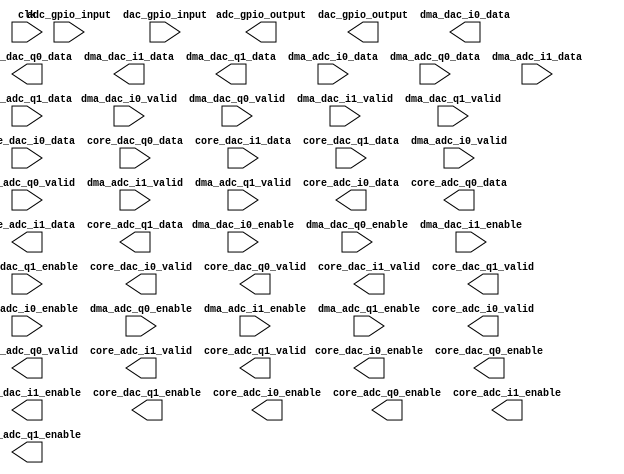
// ***************************************************************************
// ***************************************************************************
// Copyright 2011(c) Analog Devices, Inc.
//
// All rights reserved.
//
// Redistribution and use in source and binary forms, with or without modification,
// are permitted provided that the following conditions are met:
//     - Redistributions of source code must retain the above copyright
//       notice, this list of conditions and the following disclaimer.
//     - Redistributions in binary form must reproduce the above copyright
//       notice, this list of conditions and the following disclaimer in
//       the documentation and/or other materials provided with the
//       distribution.
//     - Neither the name of Analog Devices, Inc. nor the names of its
//       contributors may be used to endorse or promote products derived
//       from this software without specific prior written permission.
//     - The use of this software may or may not infringe the patent rights
//       of one or more patent holders.  This license does not release you
//       from the requirement that you obtain separate licenses from these
//       patent holders to use this software.
//     - Use of the software either in source or binary form, must be run
//       on or directly connected to an Analog Devices Inc. component.
//
// THIS SOFTWARE IS PROVIDED BY ANALOG DEVICES "AS IS" AND ANY EXPRESS OR IMPLIED WARRANTIES,
// INCLUDING, BUT NOT LIMITED TO, NON-INFRINGEMENT, MERCHANTABILITY AND FITNESS FOR A
// PARTICULAR PURPOSE ARE DISCLAIMED.
//
// IN NO EVENT SHALL ANALOG DEVICES BE LIABLE FOR ANY DIRECT, INDIRECT, INCIDENTAL, SPECIAL,
// EXEMPLARY, OR CONSEQUENTIAL DAMAGES (INCLUDING, BUT NOT LIMITED TO, INTELLECTUAL PROPERTY
// RIGHTS, PROCUREMENT OF SUBSTITUTE GOODS OR SERVICES; LOSS OF USE, DATA, OR PROFITS; OR
// BUSINESS INTERRUPTION) HOWEVER CAUSED AND ON ANY THEORY OF LIABILITY, WHETHER IN CONTRACT,
// STRICT LIABILITY, OR TORT (INCLUDING NEGLIGENCE OR OTHERWISE) ARISING IN ANY WAY OUT OF
// THE USE OF THIS SOFTWARE, EVEN IF ADVISED OF THE POSSIBILITY OF SUCH DAMAGE.
// ***************************************************************************
// ***************************************************************************
// black box definition for pr module

`timescale 1ns/100ps

(* black_box *)

module prcfg (

  input               clk,
  input   [31:0]      adc_gpio_input,
  output  [31:0]      adc_gpio_output,
  input   [31:0]      dac_gpio_input,
  output  [31:0]      dac_gpio_output,
  input               dma_dac_i0_enable,
  output  [15:0]      dma_dac_i0_data,
  input               dma_dac_i0_valid,
  input               dma_dac_q0_enable,
  output  [15:0]      dma_dac_q0_data,
  input               dma_dac_q0_valid,
  input               dma_dac_i1_enable,
  output  [15:0]      dma_dac_i1_data,
  input               dma_dac_i1_valid,
  input               dma_dac_q1_enable,
  output  [15:0]      dma_dac_q1_data,
  input               dma_dac_q1_valid,
  output              core_dac_i0_enable,
  input   [15:0]      core_dac_i0_data,
  output              core_dac_i0_valid,
  output              core_dac_q0_enable,
  input   [15:0]      core_dac_q0_data,
  output              core_dac_q0_valid,
  output              core_dac_i1_enable,
  input   [15:0]      core_dac_i1_data,
  output              core_dac_i1_valid,
  output              core_dac_q1_enable,
  input   [15:0]      core_dac_q1_data,
  output              core_dac_q1_valid,
  input               dma_adc_i0_enable,
  input   [15:0]      dma_adc_i0_data,
  input               dma_adc_i0_valid,
  input               dma_adc_q0_enable,
  input   [15:0]      dma_adc_q0_data,
  input               dma_adc_q0_valid,
  input               dma_adc_i1_enable,
  input   [15:0]      dma_adc_i1_data,
  input               dma_adc_i1_valid,
  input               dma_adc_q1_enable,
  input   [15:0]      dma_adc_q1_data,
  input               dma_adc_q1_valid,
  output              core_adc_i0_enable,
  output  [15:0]      core_adc_i0_data,
  output              core_adc_i0_valid,
  output              core_adc_q0_enable,
  output  [15:0]      core_adc_q0_data,
  output              core_adc_q0_valid,
  output              core_adc_i1_enable,
  output  [15:0]      core_adc_i1_data,
  output              core_adc_i1_valid,
  output              core_adc_q1_enable,
  output  [15:0]      core_adc_q1_data,
  output              core_adc_q1_valid
  );

endmodule

// ***************************************************************************
// ***************************************************************************